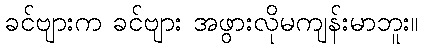
ခင်ဗျားက ခင်ဗျား အဖွားလိုမကျန်းမာဘူး။